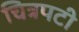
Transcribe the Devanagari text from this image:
चित्रपटी